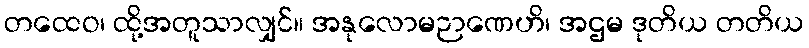
တထေဝ၊ ထို့အတူသာလျှင်။ အနုလောမဉာဏေဟိ၊ အဌမ ဒုတိယ တတိယ